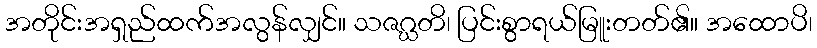
အတိုင်းအရှည်ထက်အလွန်လျှင်။ သဇဂ္ဃတိ၊ ပြင်းစွာရယ်မြူးတတ်၏။ အထောပိ၊